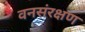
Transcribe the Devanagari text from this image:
वनसंरक्षण